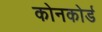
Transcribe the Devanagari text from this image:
कोनकोर्ड